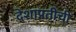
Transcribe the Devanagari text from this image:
देशाप्रतीची